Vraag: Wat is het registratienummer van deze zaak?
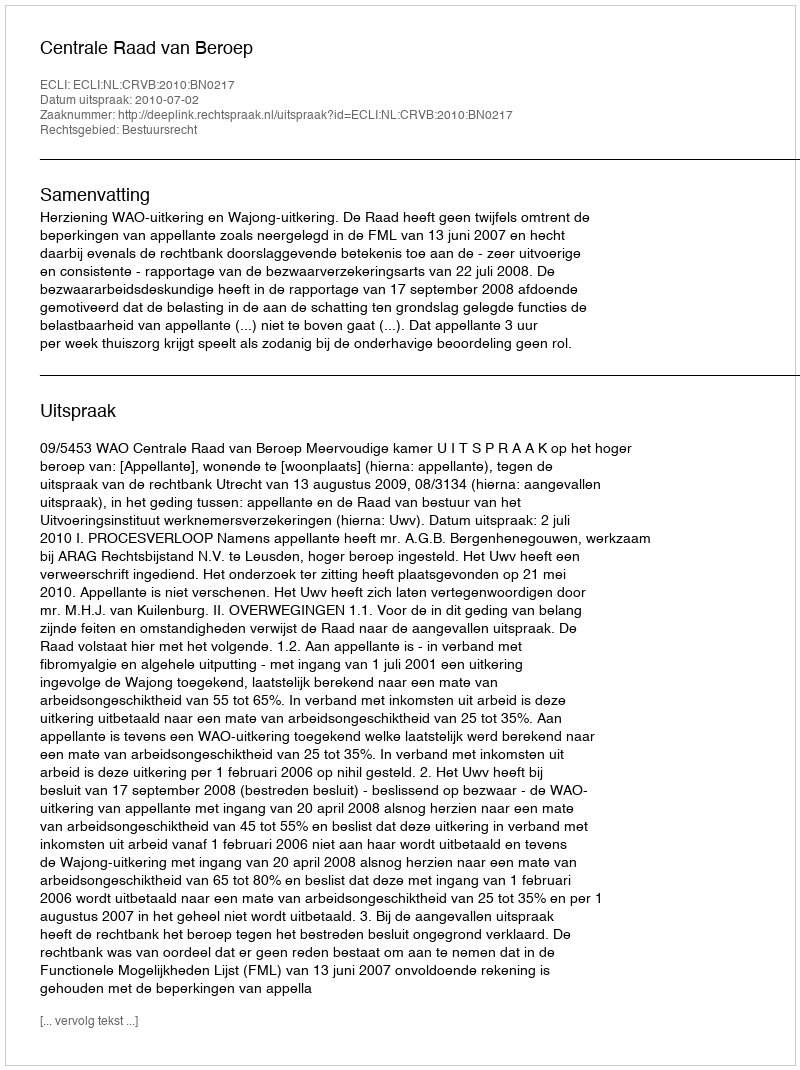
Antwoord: http://deeplink.rechtspraak.nl/uitspraak?id=ECLI:NL:CRVB:2010:BN0217